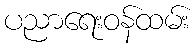
ပညာရေးဝန်ထမ်း